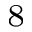
_ 8